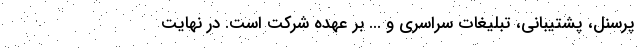
پرسنل، پشتیبانی، تبلیغات سراسری و ... بر عهده شرکت است. در نهایت